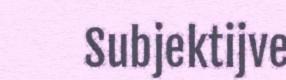
Subjektijve